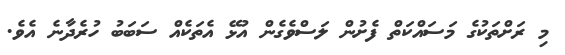
މި ރަށްތަކުގެ މަސައްކަތް ފެށުން ލަސްވެގެން އުޅޭ އެތަކެއް ސަބަބު ހުރެދާނެ އެވެ.